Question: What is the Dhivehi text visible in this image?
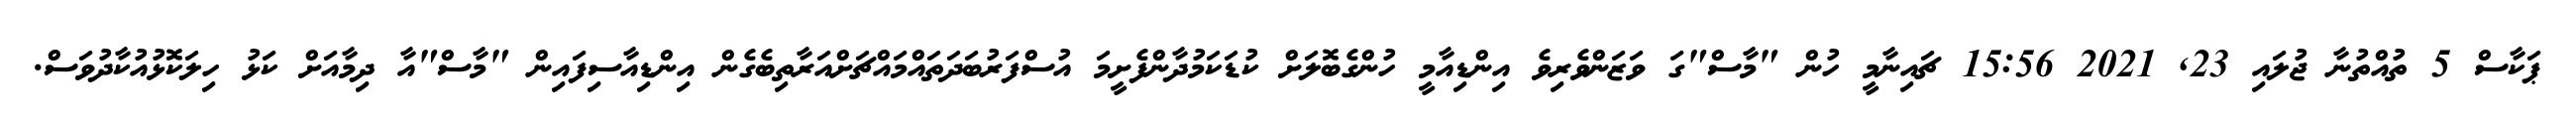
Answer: ޕަކާސް 5 ތުއްތުނާ ޖުލައި 23, 2021 15:56 ޗައިނާމީ ހުން "މާސް"ގަ ވަޒަންވެރިވެ އިންޑިއާމީ ހުންގެބޮލަށް ކުޑަކަމުދާންފެށީމަ އުސްފަރުބަދަތައްމައްޗަށްއަރާތިބެގެން އިންޑިއާސިފައިން "މާސް"އާ ދިމާއަށް ކަޅު ހިލަކޮޅުއުކާދުވަސް.